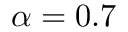
\alpha = 0 . 7